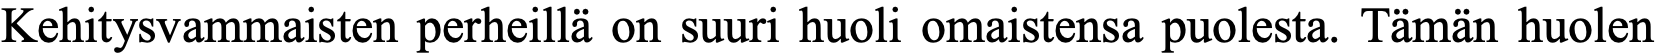
Kehitysvammaisten perheillä on suuri huoli omaistensa puolesta. Tämän huolen